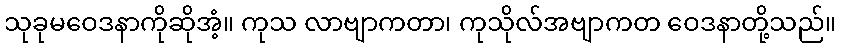
သုခုမဝေဒနာကိုဆိုအံ့။ ကုသ လာဗျာကတာ၊ ကုသိုလ်အဗျာကတ ဝေဒနာတို့သည်။